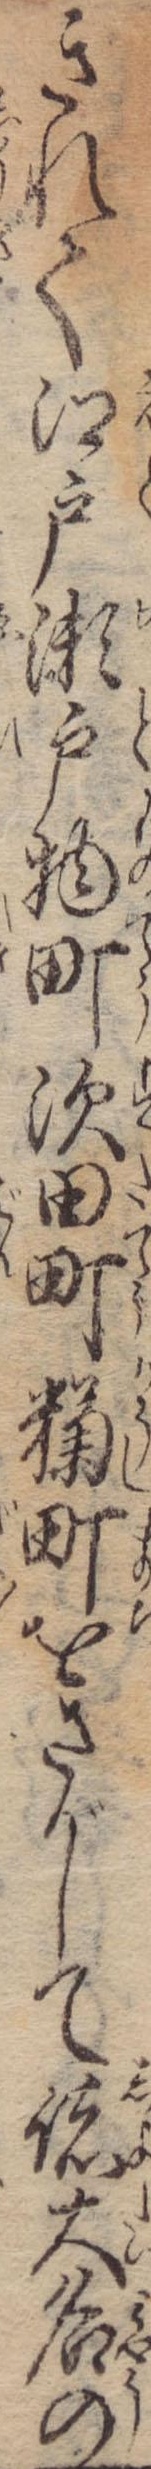
きれて江戸瀬戸物町須田町町をさがして諸大名の